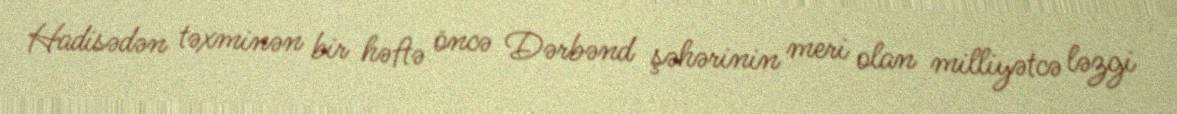
Hadisədən təxminən bir həftə öncə Dərbənd şəhərinin meri olan milliyətcə ləzgi